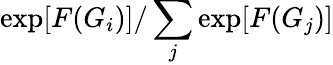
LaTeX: \exp[F(G_{i})]/\sum_{j}\exp[F(G_{j})]